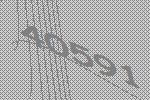
40591